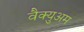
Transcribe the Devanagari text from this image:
वैक्युअम